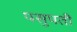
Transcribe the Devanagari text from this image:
पसुपती